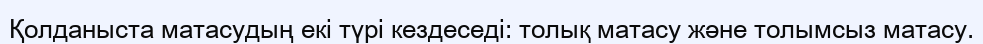
Қолданыста матасудың екі түрі кездеседі: толық матасу және толымсыз матасу.